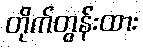
တိုက်တွန်းထား